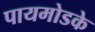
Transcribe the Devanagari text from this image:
पायमोडके